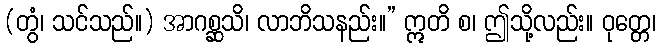
(တွံ၊ သင်သည်။) အာဂစ္ဆသိ၊ လာဘိသနည်း။” ဣတိ စ၊ ဤသို့လည်း။ ဝုတ္တေ၊